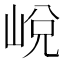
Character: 㟋